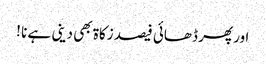
اور پھر ڈھائی فیصد زکاۃ بھی دینی ہے نا !